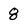
Character: 8